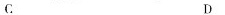
C D